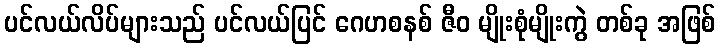
ပင်လယ်လိပ်များသည် ပင်လယ်ပြင် ဂေဟစနစ် ဇီဝ မျိုးစုံမျိုးကွဲ တစ်ခု အဖြစ်